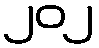
၂၀၂